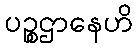
ပဉ္စဌာနေဟိ